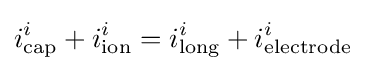
i_{\text{cap}}^{i}+i_{\text{ion}}^{i}=i_{\text{long}}^{i}+i_{\text{electrode}}^{i}